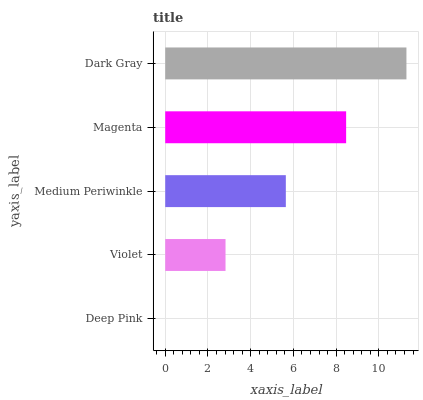
| yaxis_label | bars |
 | --- | --- |
 | Deep Pink | 0 |
 | Violet | 2.82 |
 | Medium Periwinkle | 5.65 |
 | Magenta | 8.47 |
 | Dark Gray | 11.3 |